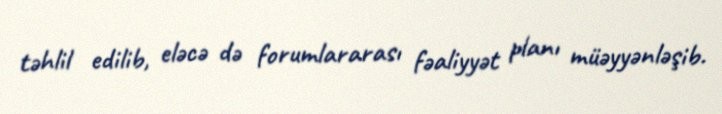
təhlil edilib, eləcə də forumlararası fəaliyyət planı müəyyənləşib.